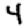
Digit: 4